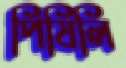
পিষিলি